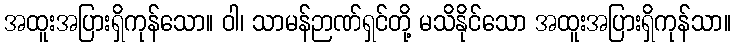
အထူးအပြားရှိကုန်သော။ ဝါ၊ သာမန်ဉာဏ်ရှင်တို့ မသိနိုင်သော အထူးအပြားရှိကုန်သာ။